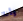
وأنا